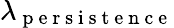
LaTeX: \lambda_{\mathrm{~p~e~r~s~i~s~t~e~n~c~e~}}